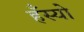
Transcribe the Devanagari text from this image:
हँस्‍यो